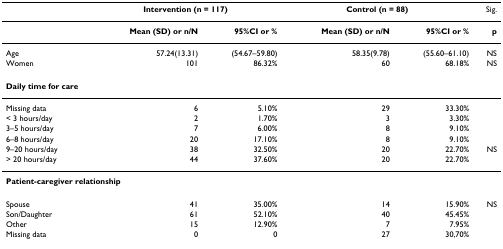
<table><thead><tr><td></td><td colspan="2"><b>Intervention (n = 117)</b></td><td colspan="2"><b>Control (n = 88)</b></td><td><b>Sig.</b></td></tr></thead><tbody><tr><td></td><td><b>Mean (SD) or n/N</b></td><td><b>95%CI or %</b></td><td><b>Mean (SD) or n/N</b></td><td><b>95%CI or %</b></td><td><b>p</b></td></tr><tr><td>Age</td><td>57.24(13.31)</td><td>(54.67–59.80)</td><td>58.35(9.78)</td><td>(55.60–61.10)</td><td>NS</td></tr><tr><td>Women</td><td>101</td><td>86.32%</td><td>60</td><td>68.18%</td><td>NS</td></tr><tr><td colspan="6"><b>Daily time for care</b></td></tr><tr><td>Missing data</td><td>6</td><td>5.10%</td><td>29</td><td>33.30%</td><td></td></tr><tr><td>&lt; 3 hours/day</td><td>2</td><td>1.70%</td><td>3</td><td>3.30%</td><td></td></tr><tr><td>3–5 hours/day</td><td>7</td><td>6.00%</td><td>8</td><td>9.10%</td><td></td></tr><tr><td>6–8 hours/day</td><td>20</td><td>17.10%</td><td>8</td><td>9.10%</td><td></td></tr><tr><td>9–20 hours/day</td><td>38</td><td>32.50%</td><td>20</td><td>22.70%</td><td>NS</td></tr><tr><td>&gt; 20 hours/day</td><td>44</td><td>37.60%</td><td>20</td><td>22.70%</td><td></td></tr><tr><td colspan="6"><b>Patient-caregiver relationship</b></td></tr><tr><td>Spouse</td><td>41</td><td>35.00%</td><td>14</td><td>15.90%</td><td>NS</td></tr><tr><td>Son/Daughter</td><td>61</td><td>52.10%</td><td>40</td><td>45.45%</td><td></td></tr><tr><td>Other</td><td>15</td><td>12.90%</td><td>7</td><td>7.95%</td><td></td></tr><tr><td>Missing data</td><td>0</td><td>0</td><td>27</td><td>30,70%</td><td></td></tr></tbody></table>